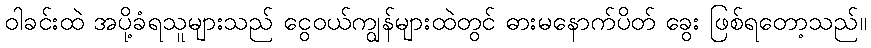
ဝါခင်းထဲ အပို့ခံရသူများသည် ငွေဝယ်ကျွန်များထဲတွင် ဓားမနောက်ပိတ် ခွေး ဖြစ်ရတော့သည်။